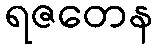
ရဇတေန